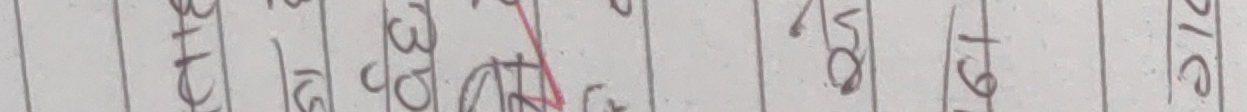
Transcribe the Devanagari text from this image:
८ ५ ३७ ५० १९ २१८